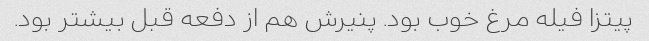
پیتزا فیله مرغ خوب بود. پنیرش هم از دفعه قبل بیشتر بود.